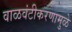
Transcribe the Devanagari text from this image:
वाळवंटीकरणामुळे